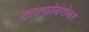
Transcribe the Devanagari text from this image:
खात्यांबरोबर